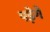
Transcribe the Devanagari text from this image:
पड़ेगे